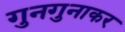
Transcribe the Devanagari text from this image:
गुनगुनाकर